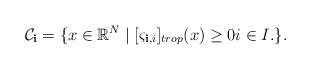
LaTeX: \begin{align*}\mathcal{C}_{\mathbf{i}}=\{x \in \mathbb{R}^N \mid [\varsigma_{\mathbf{i},i}]_{trop}(x)\ge 0 i\in I.\}.\end{align*}